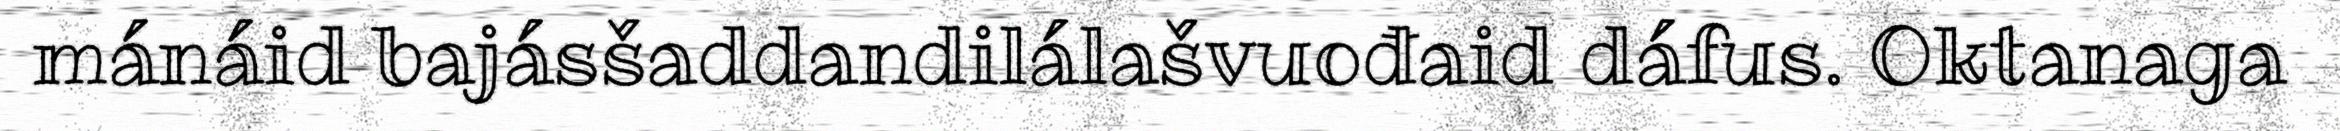
mánáid bajásšaddandilálašvuođaid dáfus. Oktanaga